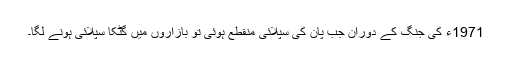
1971ء کی جنگ کے دوران جب پان کی سپلائی منقطع ہوئی تو بازاروں میں گٹکا سپلائی ہونے لگا۔